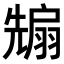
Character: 𭀵